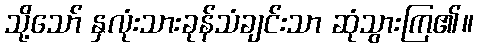
သို့သော် နှလုံးသားခုန်သံချင်းသာ ဆုံသွားကြ၏။